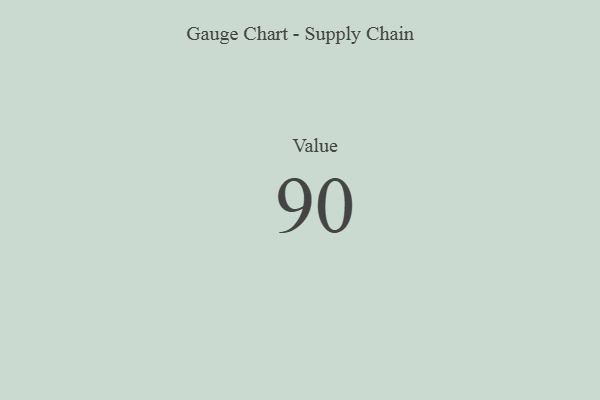
{"axis": {"x": "Metric", "y": "Value"}, "legend": [""], "data": [{"x": "Value", "y": 90, "type": ""}]}